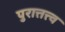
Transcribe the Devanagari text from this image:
पुरात्तत्त्व